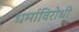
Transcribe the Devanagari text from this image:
धर्माविरोधी